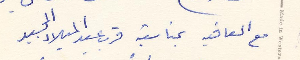
مع العافية بمناسبة قرب عيد الميلاد المجيد